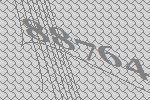
88764